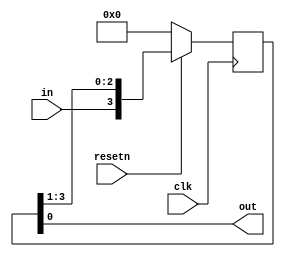
module top_module (
    input clk,
    input resetn,   // synchronous reset
    input in,
    output out);
    reg [3:0] q;
    always @(posedge clk)
        if(resetn ==0)
            q <=4'b0000;
    	else
            q <= {in,q[3:1]};
    assign out = q[0];
    

endmodule